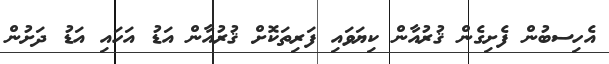
އެހިސބުން ފެށިގެން ޤުރުއާން ކިޔަވައި ފަރިތަކޮށް ޤުރުއާން އަޑު އަހައި އަޑު ދަށުން